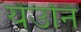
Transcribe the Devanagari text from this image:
येउनि